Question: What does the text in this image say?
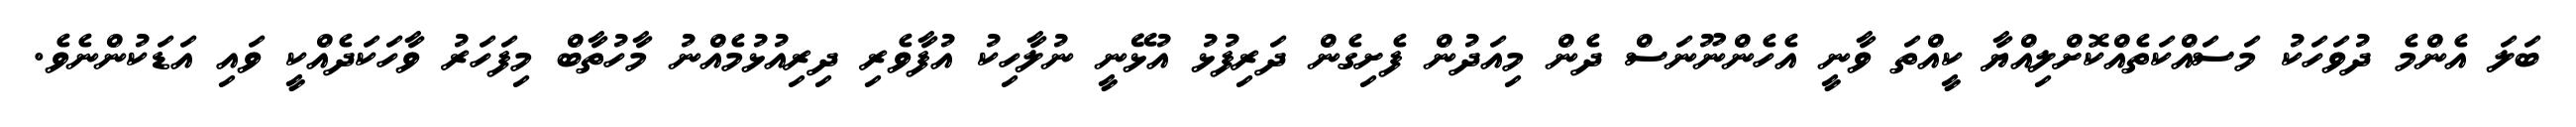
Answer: ބަލަ އެންމެ ދުވަހަކު މަސައްކަތެއްކޮށްލިއްޔާ ކީއްތަ ވާނީ އެހެންނޫނަސް ދެން މިއަދުން ފެށިގެން ދަރިފުޅު އުޅޭނީ ނުލާހިކު އުފާވެރި ދިރިއުޅުމެއްނު މާހުތާބް މިފަހަރު ވާހަކަދެއްކީ ވައި އަޑަކުންނެވެ.